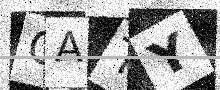
Text: GATY